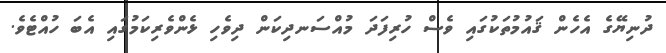
ދުނިޔޭގެ އެހެން ޤައުމުތަކުގައި ވެސް ހުރިފަދަ މުއްސަނދިކަން ދިވެހި ޅެންވެރިކަމުގައި އެބަ ހުއްޓެވެ.